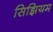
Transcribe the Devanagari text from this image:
सिझियम